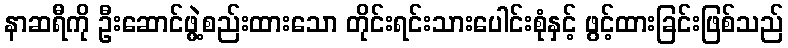
နာဆရီကို ဦးဆောင်ဖွဲ့စည်းထားသော တိုင်းရင်းသားပေါင်းစုံနှင့် ဖွင့်ထားခြင်းဖြစ်သည်